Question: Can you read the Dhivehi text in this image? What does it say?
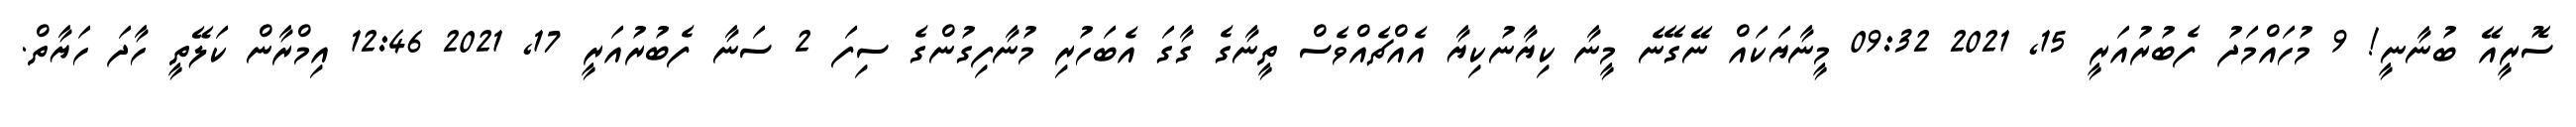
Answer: ސޮރީއޭ ބުނާނީ! 9 މުހައްމަދު ފެބުރުއަރީ 15, 2021 09:32 މީނާޔަކައް ނޭގޭނެ މީނާ ކިޔާނުކިޔާ އެއްޗެއްވެސް ތީނާގެ ގާގަ އެބަހުރި މުނާފިގުންގެ ސިފަ 2 ސަނާ ފެބުރުއަރީ 17, 2021 12:46 އިމްރާން ކަލޭތީ ހާދަ ހަޔާތް.